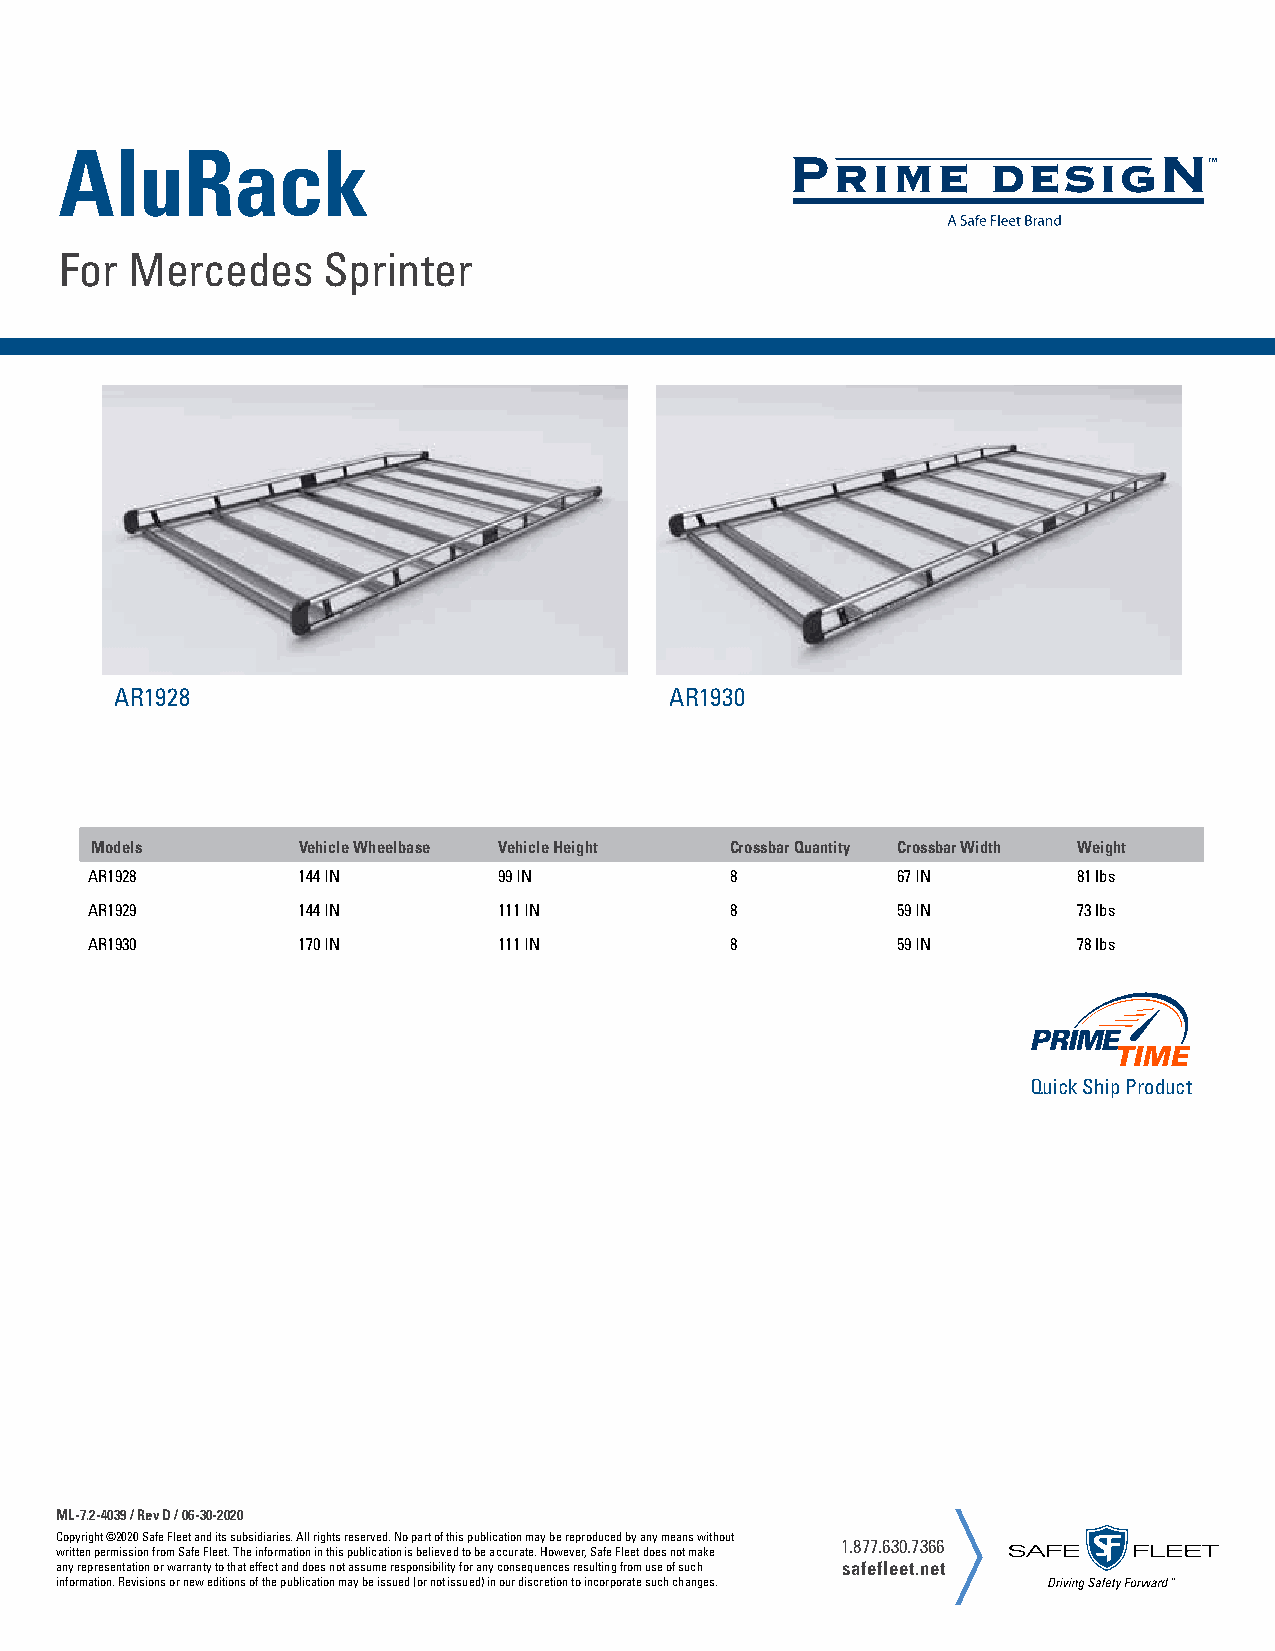
AluRack
 For Mercedes     Sprinter
 AR1928                              AR1930
 Models        Vehicle Wheelbase Vehicle Height Crossbar Quantity Crossbar Width Weight
 AR1928        144 IN       99 IN          8          67 IN       81 lbs
 AR1929        144 IN       111 IN         8          59 IN       73 lbs
 AR1930        170 IN       111 IN         8          59 IN       78 lbs
 Quick Ship Product
 ML-7.2-4039 / Rev D / 06-30-2020
 Copyright ©2020 Safe Fleet and its subsidiaries. All rights reserved. No part of this publication may be reproduced by any means without
 1.877.630.7366
 written permission from Safe Fleet. The information in this publication is believed to be accurate. However, Safe Fleet does not make
 any representation or warranty to that effect and does not assume responsibility for any consequences resulting from use of such safefleet.net
 information. Revisions or new editions of the publication may be issued (or not issued) in our discretion to incorporate such changes.